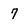
Character: 7